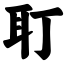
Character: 耵